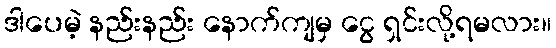
ဒါပေမဲ့ နည်းနည်း နောက်ကျမှ ငွေ ရှင်းလို့ရမလား။